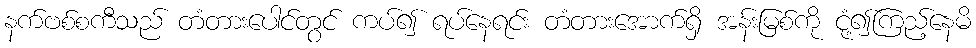
နက်ဗစ်စကီသည် တံတားပေါင်တွင် ကပ်၍ ရပ်နေရင်း တံတားအောက်ရှိ အန်းမြစ်ကို ငုံ့၍ကြည့်နေမိ